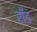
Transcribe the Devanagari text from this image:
राँड